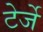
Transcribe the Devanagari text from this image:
टेर्जे